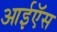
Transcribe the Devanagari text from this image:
आईऍस